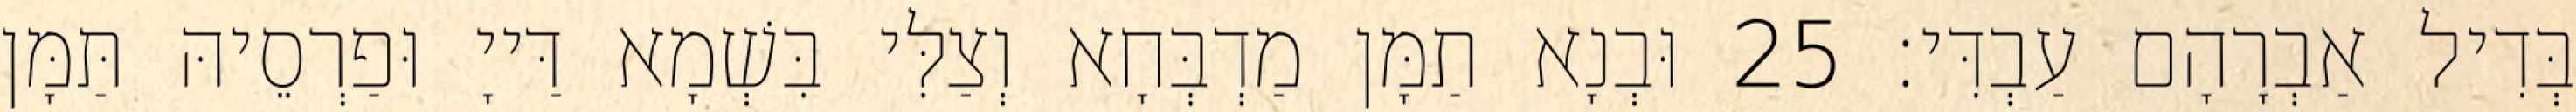
בְּדִיל אַבְרָהָם עַבְדִּי׃ 25 וּבְנָא תַמָּן מַדְבְּחָא וְצַלִּי בִּשְׁמָא דַּייָ וּפַרְסֵיהּ תַּמָּן